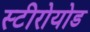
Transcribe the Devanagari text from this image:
स्टीरोयोड